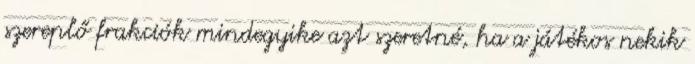
szereplő frakciók mindegyike azt szeretné, ha a játékos nekik